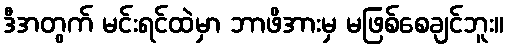
ဒီအတွက် မင်းရင်ထဲမှာ ဘာဖိအားမှ မဖြစ်စေချင်ဘူး။